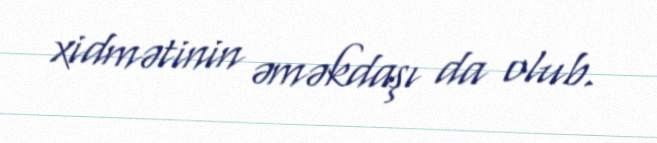
xidmətinin əməkdaşı da olub.